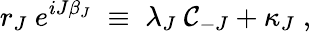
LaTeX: r_{J}~e^{iJ\beta_{J}}\; \equiv\; \lambda_{J}~\mathcal{C}_{-J}+\kappa_{J}\; ,